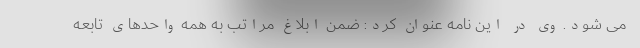
می شود. وی در این نامه عنوان کرد: ضمن ابلاغ مراتب به همه واحدهای تابعه